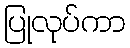
ပြုလုပ်ကာ